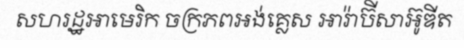
សហរដ្ឋអាមេរិក ចក្រភពអង់គ្លេស អារ៉ាប៊ីសាអ៊ូឌីត